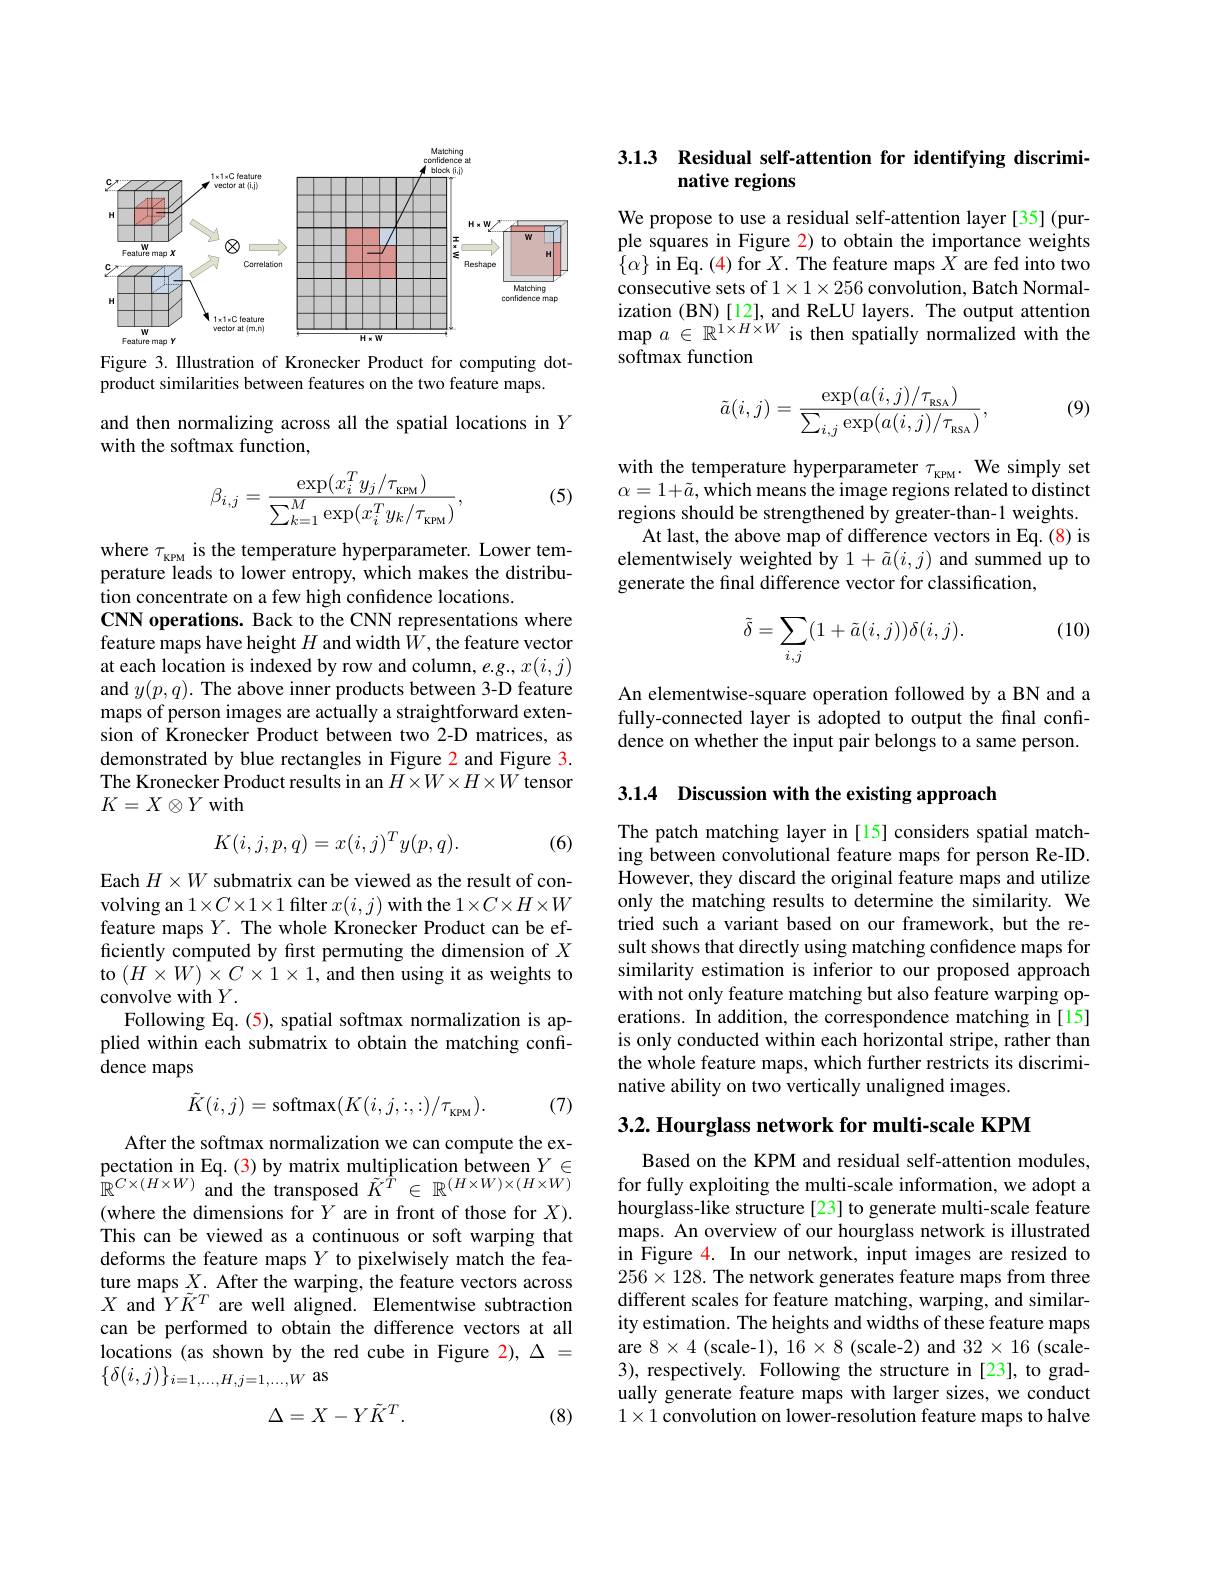
<FigureHere>

Figure 3. Illustration of Kronecker Product for computing dot-
product similarities between features on the two feature maps.

and then normalizing across all the spatial locations in $Y$
with the softmax function,

(5)
$$\beta_{i,j}=\frac{\exp(x_i^Ty_j/\tau_{\mathrm{KPM}})}{\sum_{k=1}^M\exp(x_i^Ty_k/\tau_{\mathrm{KPM}})},$$
where $\tau_\mathrm{\kappa PM}$ is the temperature hyperparameter. Lower temperature leads to lower entropy, which makes the distribution concentrate on a few high confidence locations.
CNN operations. Back to the CNN representations where feature maps have height $H$ and width $\bar{W}$, the feature vector at each location is indexed by row and column, $e.g.,x(i,j)$ and $y(p,q).$ The above inner products between 3-D feature maps of person images are actually a straightforward extension of Kronecker Product between two 2-D matrices, as demonstrated by blue rectangles in Figure 2 and Figure 3. The Kronecker Product results in an $H\times W\times H\times W$ tensor $K=X\otimes Y$ with
$$K(i,j,p,q)=x(i,j)^Ty(p,q).$$
(6)

Each $H\times W$ submatrix can be viewed as the result of convolving an $1\times C\times1\times1$ filter $x(i,j)$ with the $1\times C\times H\times W$ feature maps $Y.$ The whole Kronecker Product can be efficiently computed by frst permuting the dimension of $X$ to $(H\times W)\times C\times1\times1$,and then using it as weights to convolve with $Y.$
Following Eq. (5), spatial softmax normalization is applied within each submatrix to obtain the matching confidence maps
$$\tilde{K}(i,j)=\mathrm{softmax}(K(i,j,:,:)/\tau_{\mathrm{KPM}}).$$
(7)

After the softmax normalization we can compute the expectation in Eq. (3) by matrix multiplication between $Y\in$ $\stackrel{1}{\mathbb{R}}^{C\times(H\times W)}$ and the transposed $\tilde{K}^{\hat{T}}\in\mathbb{R}^{(H\times W)\times(H\times W)}$ (where the dimensions for $Y$ are in front of those for $X).$ This can be viewed as a continuous or soft warping that deforms the feature maps $Y$ to pixelwisely match the feature maps $X.$ After the warping, the feature vectors across $X$ and $\hat{Y}\tilde{K}^T$ are well aligned. Elementwise subtraction can be performed to obtain the difference vectors at all locations (as shown by the red cube in Figure 2), $\Delta=$ $\{\delta(i,j)\}_{i=1,\ldots,H,j=1,\ldots,W}$ as

(8)
$$\Delta=X-Y\tilde{K}^{T}.$$
## 3.1.3 Residual self-attention for identifying discriminative regions

We propose to use a residual self-attention layer[35](pur-p) ple squares in Figure 2) to obtain the importance weights $\{\alpha\}$ in Eq. (4) for $X.$ The feature maps $X$ are fed into two consecutive sets of $1\times1\times256$ convolution, Batch Normalization (BN)[12], and ReLU layers. The output attention $\operatorname*{map}a\in\mathbb{R}^{1\times H\times W}$ is then spatially normalized with the softmax function

(9)
$$\tilde{a}(i,j)=\frac{\exp(a(i,j)/\tau_{_{\mathrm{RSA}}})}{\sum_{i,j}\exp(a(i,j)/\tau_{_{\mathrm{RSA}}})},$$
with the temperature hyperparameter $\tau_\mathrm{\kappa pM}.$ We simply set $\alpha=1+\tilde{a}$, which means the image regions related to distinct regions should be strengthened by greater-than-1 weights.
At last, the above map of difference vectors in Eq. (8) is elementwisely weighted by $1+\tilde{a}(i,j)$ and summed up to generate the final difference vector for classification,

(10)
$$\tilde\delta=\sum_{i,j}(1+\tilde a(i,j))\delta(i,j).$$
An elementwise-square operation followed by a BN and a fully-connected layer is adopted to output the final confidence on whether the input pair belongs to a same person.

3.1.4 Discussion with the existing approach

The patch matching layer in [15] considers spatial matching between convolutional feature maps for person Re-ID. However, they discard the original feature maps and utilize only the matching results to determine the similarity. We tried such a variant based on our framework, but the result shows that directly using matching confidence maps for similarity estimation is inferior to our proposed approach with not only feature matching but also feature warping operations. In addition, the correspondence matching in [15] is only conducted within each horizontal stripe, rather than the whole feature maps, which further restricts its discriminative ability on two vertically unaligned images.

$3. 2. \textbf{ Hourglass network for multi- scale KPM}$

Based on the KPM and residual self-attention modules, for fully exploiting the multi-scale information, we adopt a hourglass-like structure[23] to generate multi-scale feature maps. An overview of our hourglass network is illustrated in Îrigure 4. In our network, input images are resized to $256\times128.$ The network generates feature maps from three different scales for feature matching, warping, and similarity estimation. The heights and widths of these feature maps are $8\times4$ (scale-1), $16\times8$ (scale-2) and $32\times16$ (scale- 3), respectively. Following the structure in [23], to gradually generate feature maps with larger sizes, we conduct $1\times1$ convolution on lower-resolution feature maps to halve